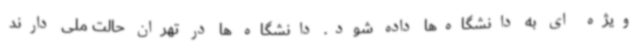
ویژه ای به دانشگاه‌ها داده شود. دانشگاه ها در تهران حالت ملی دارند